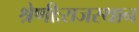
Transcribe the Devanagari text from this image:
श्रेणीःराजस्थान